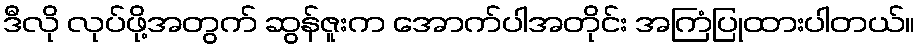
ဒီလို လုပ်ဖို့အတွက် ဆွန်ဇူးက အောက်ပါအတိုင်း အကြံပြုထားပါတယ်။